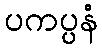
ပကပ္ပနံ